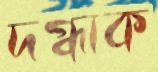
দগ্ধাক